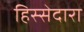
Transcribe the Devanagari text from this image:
हिस्सेदारा